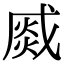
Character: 𤋆